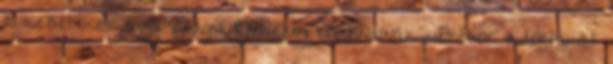
a kezeteket fogja elvágni Remélem hasznosnak véltétek a leírtakat